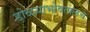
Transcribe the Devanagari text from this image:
डोळयाभोवतालचे